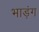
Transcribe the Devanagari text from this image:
भाड़ंग